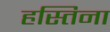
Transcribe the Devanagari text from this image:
हस्तिना